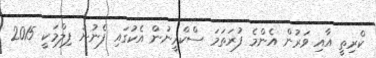
ކްރިތީ އާއި ވަރުން އެންމެ ފުރަތަމަ ސްކްރީނުން އެކުގައި ފެނުނު ފިލްމަކީ 2015